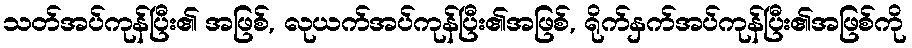
သတ်အပ်ကုန်ပြီး၏ အဖြစ်, လုယက်အပ်ကုန်ပြီး၏အဖြစ်, ရိုက်နှက်အပ်ကုန်ပြီး၏အဖြစ်ကို